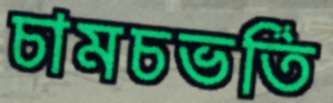
চামচভর্তি